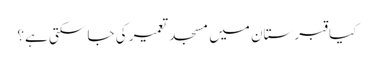
﻿ کیا قبرستان میں مسجد تعمیر کی جا سکتی ہے؟